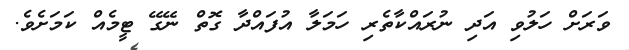
ވަރަށް ހަލުވި އަދި ނުރައްކާތެރި ހަމަލާ އުފައްދާ ގޮތް ނޭގޭ ޓީމެއް ކަމަށެވެ.